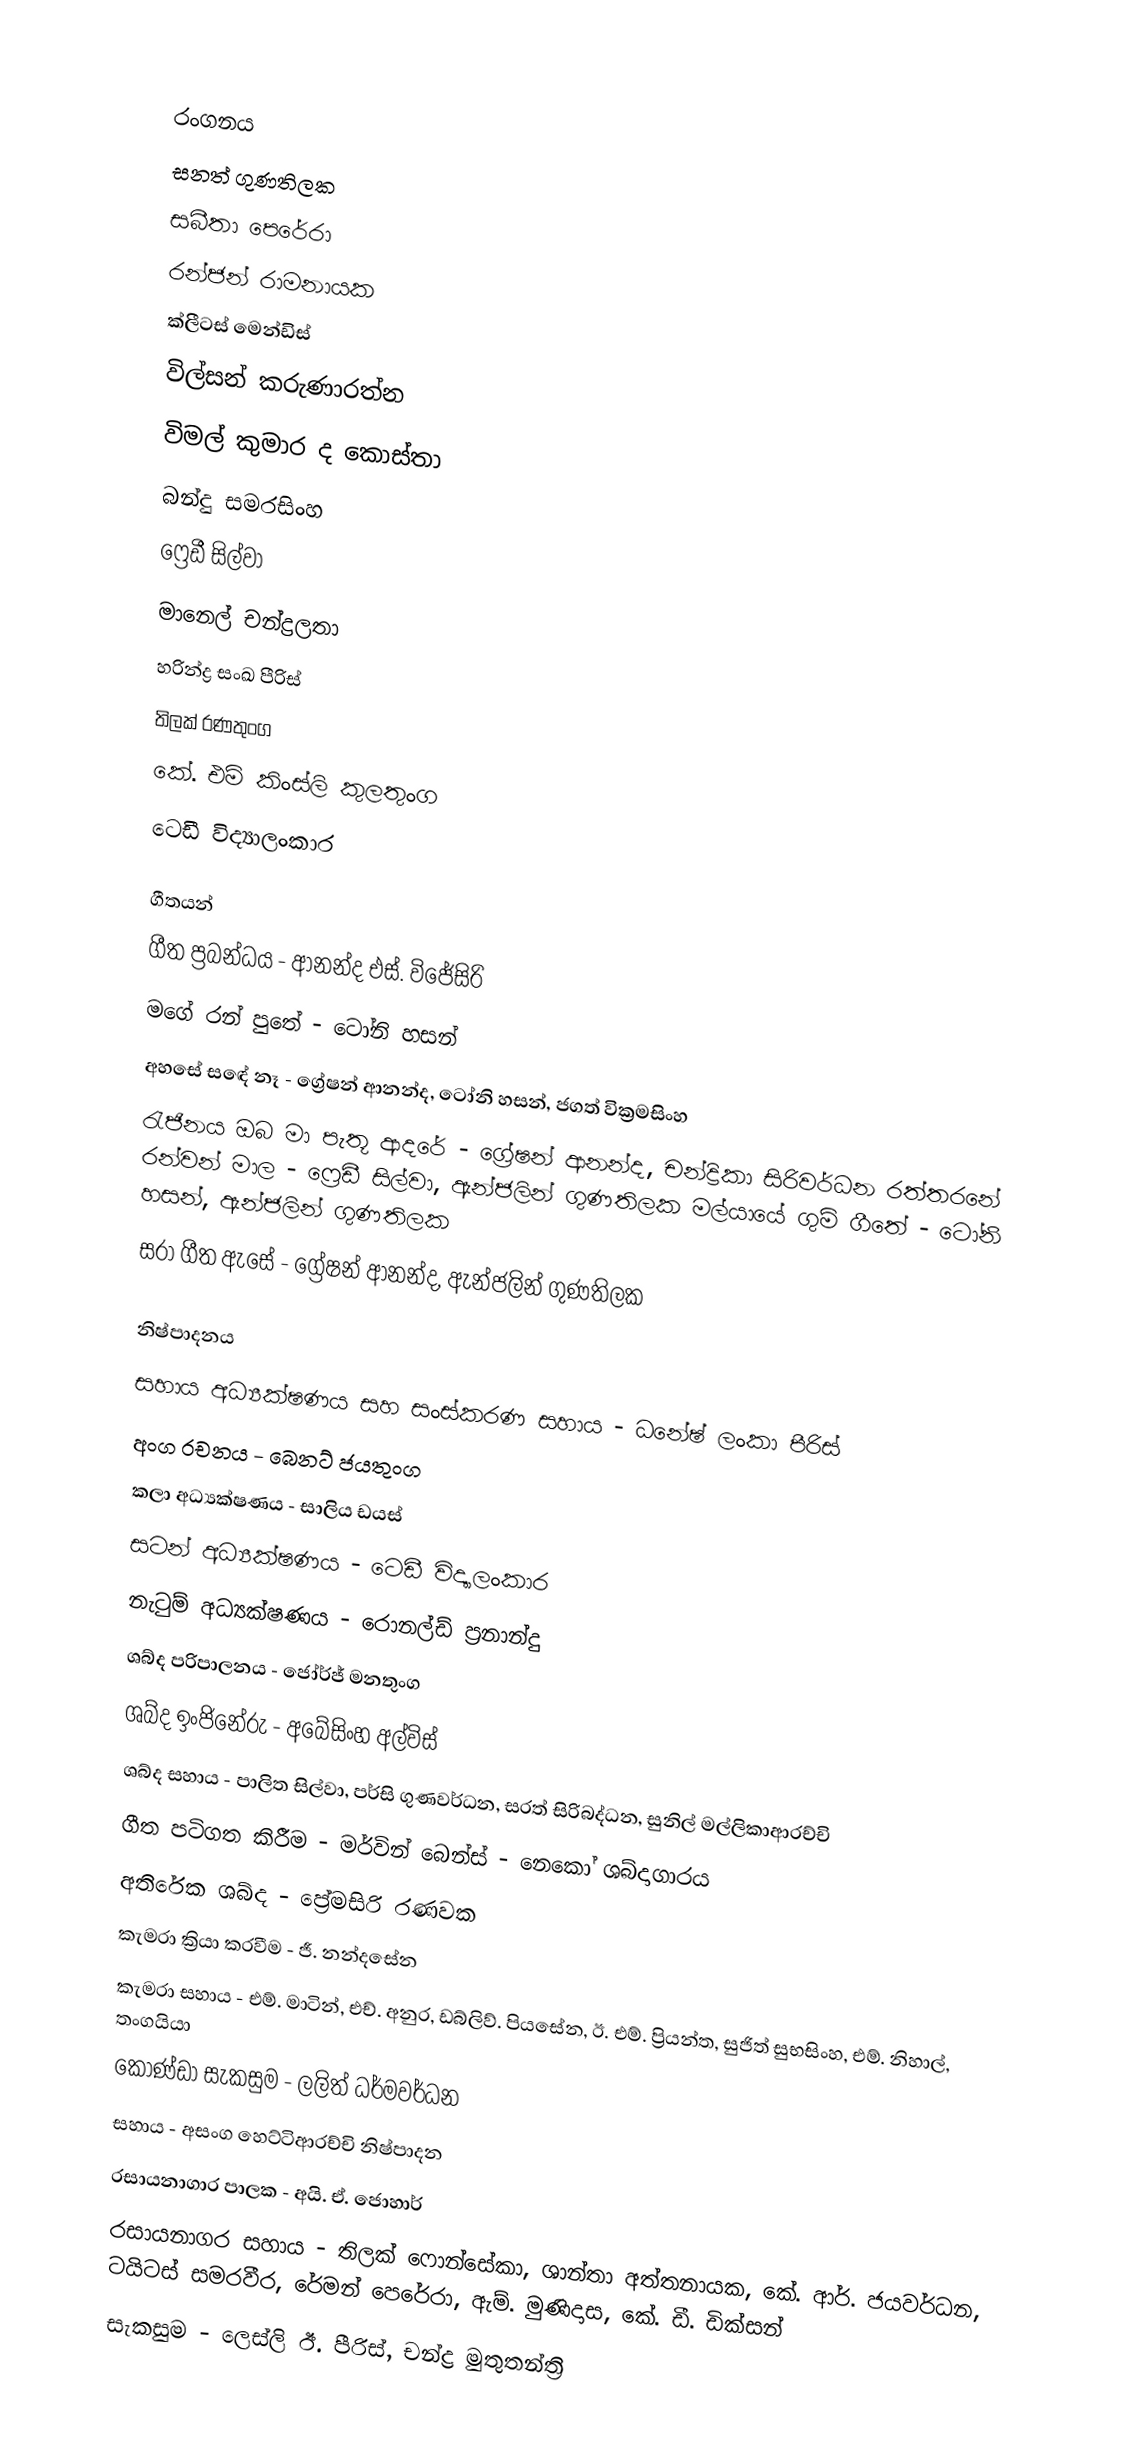

රංගනය
සනත් ගුණතිලක
සබීතා පෙරේරා
රන්ජන් රාමනායක
ක්ලීටස් මෙන්ඩිස්
විල්සන් කරුණාරත්න
විමල් කුමාර ද කොස්තා
බන්දු සමරසිංහ
ෆ්‍රෙඩී සිල්වා
මානෙල් චන්ද්‍රලතා
හරින්ද්‍ර සංඛ පීරිස්
තිලක් රණතුංග
කේ. එම් කිංස්ලි කුලතුංග
ටෙඩී විද්‍යාලංකාර

ගීතයන්
ගීත ප්‍රබන්ධය - ආනන්ද එස්. විජේසිරි
මගේ රන් පුතේ - ටෝනි හසන්
අහසේ සඳේ නෑ - ග්‍රේෂන් ආනන්ද, ටෝනි හසන්, ජගත් වික්‍රමසිංහ
රැජිනය ඔබ මා පැතූ ආදරේ - ග්‍රේෂන් ආනන්ද, චන්ද්‍රිකා සිරිවර්ධන රත්තරනේ රන්වන් මාල - ෆ්‍රෙඩී සිල්වා, ඇන්ජලින් ගුණතිලක මල්යායේ ගුම් ගීතේ - ටෝනි හසන්, ඇන්ජලින් ගුණතිලක
සරා ගීත ඇසේ - ග්‍රේෂන් ආනන්ද, ඇන්ජලින් ගුණතිලක

නිෂ්පාදනය
සහාය අධ්‍යක්ෂණය සහ සංස්කරණ සහාය - ධනේෂ් ලංකා පීරිස්
අංග රචනය - බෙනට් ජයතුංග
කලා අධ්‍යක්ෂණය - සාලිය ඩයස්
සටන් අධ්‍යක්ෂණය - ටෙඩී විද්‍යාලංකාර
නැටුම් අධ්‍යක්ෂණය - රොනල්ඩ් ප්‍රනාන්දු
ශබ්ද පරිපාලනය - ජෝර්ජ් මනතුංග
ශබ්ද ඉංජිනේරු - අබේසිංහ අල්විස්
ශබ්ද සහාය - පාලිත සිල්වා, පර්සි ගුණවර්ධන, සරත් සිරිබද්ධන, සුනිල් මල්ලිකාආරච්චි
ගීත පටිගත කිරීම - මර්වින් බෙන්ස් - නෙකෝ ශබ්දාගාරය
අතිරේක ශබ්ද - ප්‍රේමසිරි රණවක
කැමරා ක්‍රියා කරවීම - ජී. නන්දසේන
කැමරා සහාය - එම්. මාටින්, එච්. අනුර, ඩබ්ලිව්. පියසේන, ඊ. එම්. ප්‍රියන්ත, සුජිත් සුභසිංහ, එම්. නිහාල්, තංගයියා
කොණ්ඩා සැකසුම - ලලිත් ධර්මවර්ධන
සහාය - අසංග හෙට්ටිආරච්චි නිෂ්පාදන
රසායනාගාර පාලක - අයි. ඒ. ජොහාර්
රසායනාගර සහාය - තිලක් ෆොන්සේකා, ශාන්තා අත්තනායක, කේ. ආර්. ජයවර්ධන, ටයිටස් සමරවීර, රේමන් පෙරේරා, ඇම්. මුණිදාස, කේ. ඩී. ඩික්සන්
සැකසුම - ලෙස්ලි ඊ. පීරිස්, චන්ද්‍ර මුතුතන්ත්‍රි